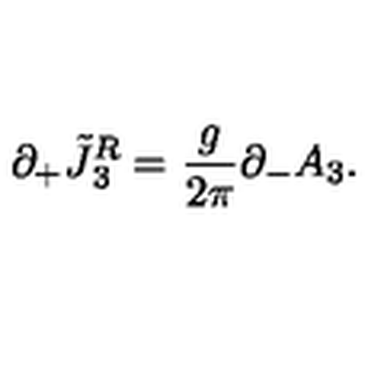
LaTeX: \partial _ { + } \tilde { J } { ^ { R } _ { 3 } } = { \frac { g } { 2 \pi } } \partial _ { - } A _ { 3 } .